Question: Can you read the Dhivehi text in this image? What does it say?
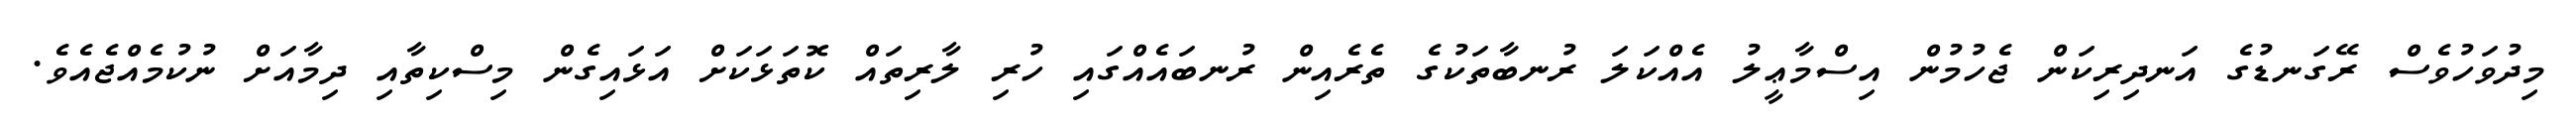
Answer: މިދުވަހުވެސް ރޭގަނޑުގެ އަނދިރިކަން ޖެހުމުން އިސްމާޢީލު އެއްކަލަ ރުނބާތަކުގެ ތެރެއިން ރުނބައެއްގައި ހުރި ލާރިތައް ކޮތަޅަކަށް އަޅައިގެން މިސްކިތާއި ދިމާއަށް ނުކުމެއްޖެއެވެ.